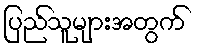
ပြည်သူများအတွက်